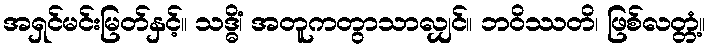
အရှင်မင်းမြတ်နှင့်။ သဒ္ဓိံ၊ အတူကတွာသာလျှင်။ ဘဝိဿတိ၊ ဖြစ်လတ္တံ့။